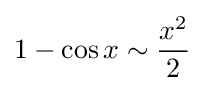
1-\cos x\sim {x^{2} \over 2}